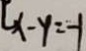
x - y = - 1